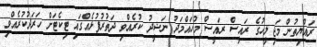
ރައްޔިތުން މަޖިލީހުގެ ރައީސް ރައީސް މުހައްމަދު ނަޝީދު ކުރެއްވި ދަތުރުފުޅެއްގައި ޓިކެޓަށް ހަރަދުކުރެއްވި